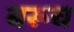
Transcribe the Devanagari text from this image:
बरूच